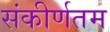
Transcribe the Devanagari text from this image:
संकीर्णतम